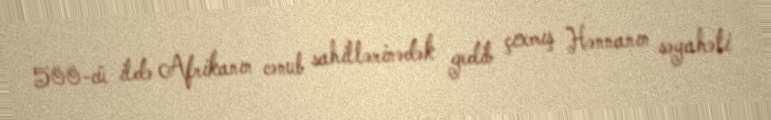
500-cü ildə Afrikanın cənub sahillərinədək gedib çıxmış Hənnanın səyahəti